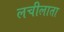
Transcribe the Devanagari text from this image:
लचीलाता